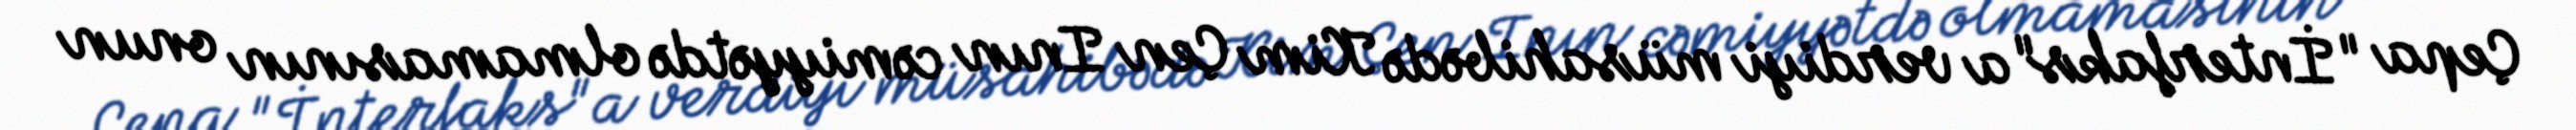
Çepa "İnterfaks"a verdiyi müsahibədə Kim Çen Inın cəmiyyətdə olmamasının onun